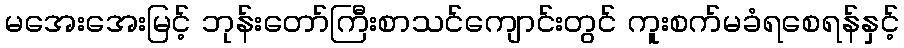
မအေးအေးမြင့် ဘုန်းတော်ကြီးစာသင်ကျောင်းတွင် ကူးစက်မခံရစေရန်နှင့်